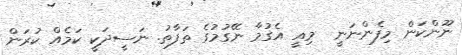
ނޫންކަން މިފެންނަނީ  މިއީ އެގުމާ ނޭގުމުގެ ތަފާތު. ނަސީދަކީ ކަމެއް ކުރަން